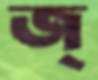
জ্